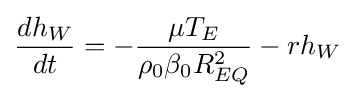
{\frac {dh_{W}}{dt}}=-{\frac {\mu T_{E}}{\rho _{0}\beta _{0}R_{EQ}^{2}}}-rh_{W}